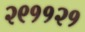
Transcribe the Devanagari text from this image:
२९११२१